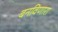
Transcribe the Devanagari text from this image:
बनविणारा